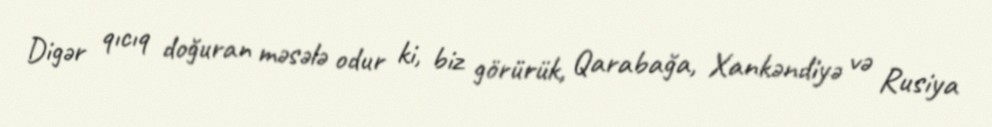
Digər qıcıq doğuran məsələ odur ki, biz görürük, Qarabağa, Xankəndiyə və Rusiya